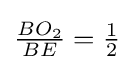
{\tfrac {BO_{2}}{BE}}={\tfrac {1}{2}}